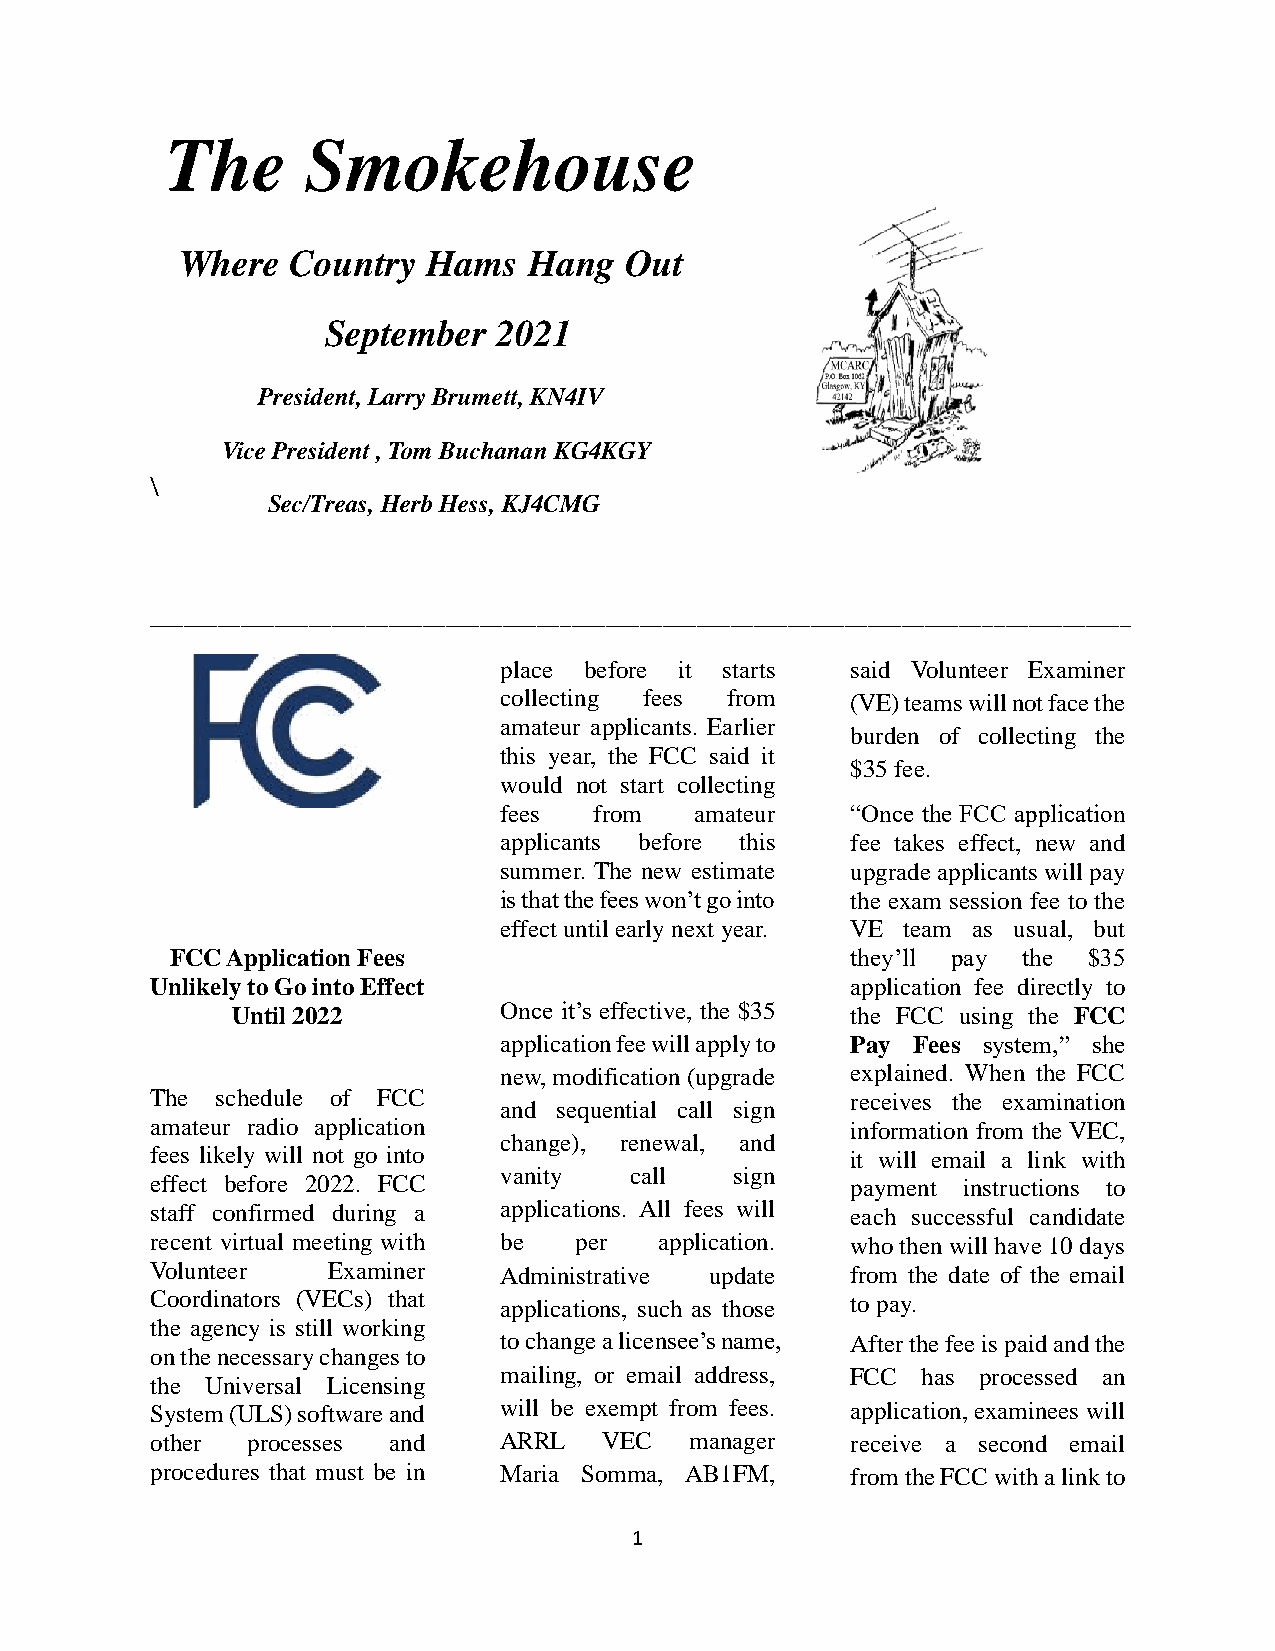
The      Smokehouse
 Where  Country  Hams   Hang  Out
 September  2021
 President, Larry Brumett, KN4IV
 Vice President , Tom Buchanan KG4KGY
 \
 Sec/Treas, Herb Hess, KJ4CMG
 ______________________________________________________________________________________
 place before it starts said Volunteer Examiner
 collecting fees from   (VE) teams will not face the
 amateur applicants. Earlier
 burden of collecting the
 this year, the FCC said it
 $35 fee.
 would not start collecting
 fees  from   amateur   “Once the FCC application
 applicants before this fee takes effect, new and
 summer. The new estimate upgrade applicants will pay
 is that the fees won’t go into the exam session fee to the
 effect until early next year. VE team as usual, but
 FCC Application Fees                         they’ll pay the $35
 Unlikely to Go into Effect                    application fee directly to
 Until 2022        Once it’s effective, the $35 the FCC using the FCC
 application fee will apply to Pay Fees system,” she
 new, modification (upgrade explained. When the FCC
 The schedule of FCC                           receives the examination
 and sequential call sign
 amateur radio application                     information from the VEC,
 change), renewal, and
 fees likely will not go into                  it will email a link with
 vanity   call   sign
 effect before 2022. FCC                       payment instructions to
 staff confirmed during a applications. All fees will each successful candidate
 recent virtual meeting with be per application. who then will have 10 days
 Volunteer   Examiner   Administrative update  from the date of the email
 Coordinators (VECs) that applications, such as those to pay.
 the agency is still working
 to change a licensee’s name, After the fee is paid and the
 on the necessary changes to
 mailing, or email address, FCC has processed an
 the Universal Licensing
 System (ULS) software and will be exempt from fees. application, examinees will
 other processes and    ARRL   VEC   manager   receive a second email
 procedures that must be in Maria Somma, AB1FM, from the FCC with a link to
 1